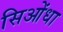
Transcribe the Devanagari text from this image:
सिओंधा